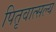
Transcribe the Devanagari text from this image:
पितृवात्सल्य